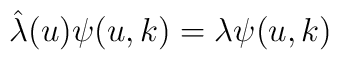
\hat{\lambda}(u) \psi(u, k) = \lambda \psi(u, k)